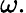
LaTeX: \omega.